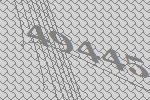
49445